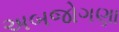
અબજોગણા